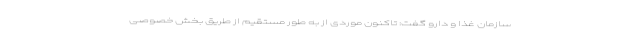
سازمان غذا و دارو گفت: تاکنون موردی از به طور مستقیم از طریق بخش خصوصی